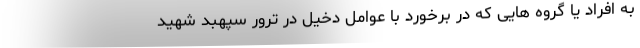
به افراد یا گروه هایی که در برخورد با عوامل دخیل در ترور سپهبد شهید